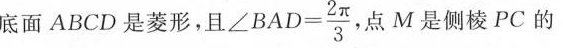
底面ABCD是菱形，且 $$∠ B A D = \frac { 2 π } { 3 }$$，点M是侧棱PC的